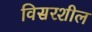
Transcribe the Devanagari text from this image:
विसरशील